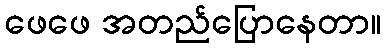
ဖေဖေ အတည်ပြောနေတာ။